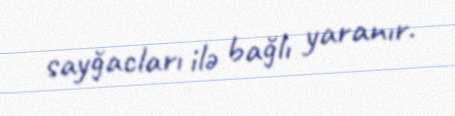
sayğacları ilə bağlı yaranır.